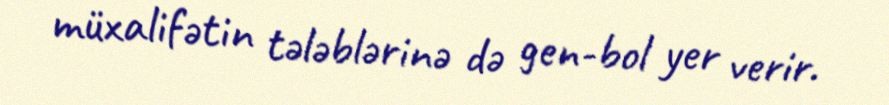
müxalifətin tələblərinə də gen-bol yer verir.